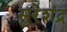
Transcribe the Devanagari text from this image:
सुरेशंद्र